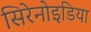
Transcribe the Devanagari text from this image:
सिरेनोइडिया